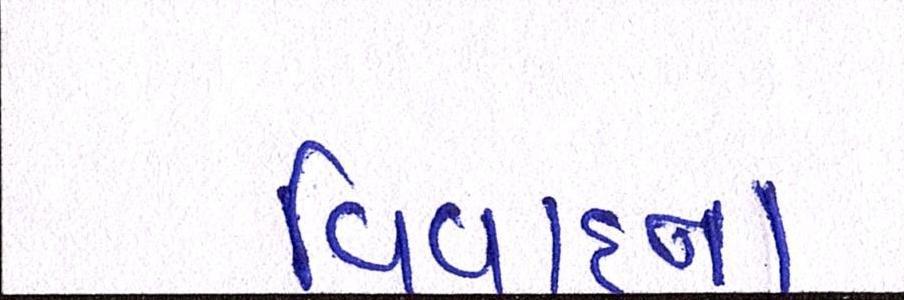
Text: વિવાદના